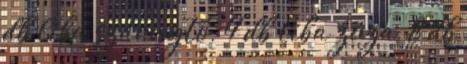
db liba szárnytő, 4 db liba zúza, 8 db